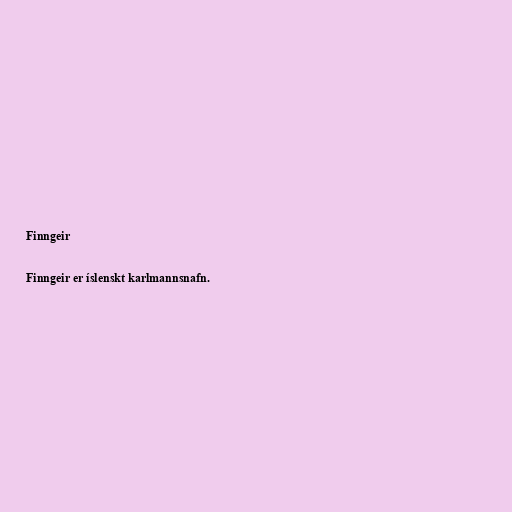
Finngeir

Finngeir er íslenskt karlmannsnafn.